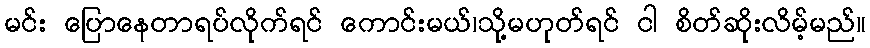
မင်း ပြောနေတာရပ်လိုက်ရင် ကောင်းမယ်၊သို့မဟုတ်ရင် ငါ စိတ်ဆိုးလိမ့်မည်။